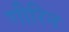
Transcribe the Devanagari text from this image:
गीरिन